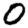
Digit: 0